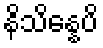
နိသိန္နေပိ